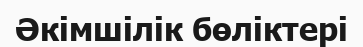
Әкімшілік бөліктері